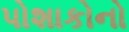
પોશાકોનો